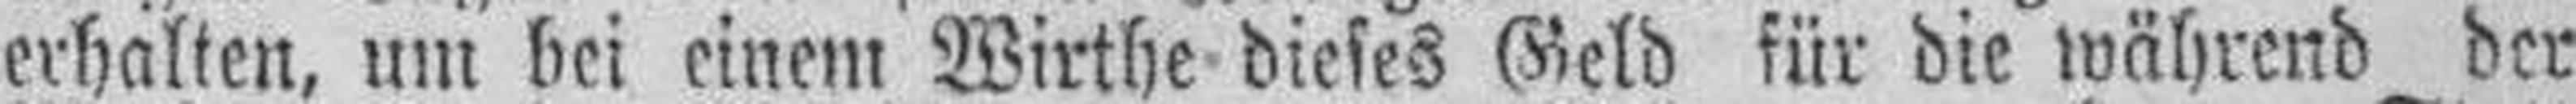
erhalten, um bei einem Wirthe dieses Geld für die während der